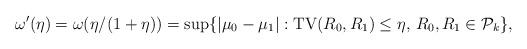
LaTeX: \begin{align*} \omega'(\eta) = \omega(\eta/(1+\eta)) = \sup\{|\mu_0-\mu_1|: \mathrm{TV}(R_0,R_1) \leq \eta, \, R_0,R_1 \in \mathcal{P}_k\}, \end{align*}